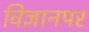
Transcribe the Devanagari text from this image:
विज्ञानपर